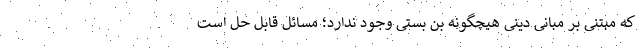
که مبتنی بر مبانی دینی هیچگونه بن بستی وجود ندارد؛ مسائل قابل حل است